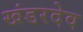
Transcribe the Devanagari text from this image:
खंडरदेव